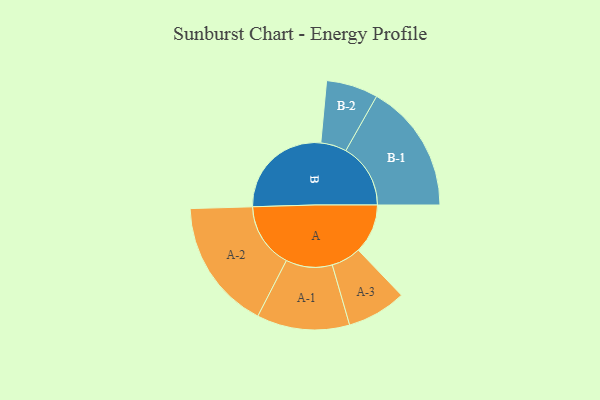
{"axis": {"x": "Segment", "y": "Value"}, "legend": ["", "A", "B"], "data": [{"x": "A", "y": 210, "type": ""}, {"x": "B", "y": 441, "type": ""}, {"x": "A-1", "y": 197, "type": "A"}, {"x": "A-2", "y": 278, "type": "A"}, {"x": "A-3", "y": 126, "type": "A"}, {"x": "B-1", "y": 275, "type": "B"}, {"x": "B-2", "y": 110, "type": "B"}]}